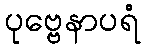
ပုဗ္ဗေနာပရံ